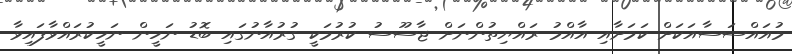
މުއައްސަސާއަކަށް ކަމަށާއި އާއްމު ރައްޔިތުންނަށް ޖާސޫސު ކުރުމަކީ ގުރުއާނުގައި ބޮޑު ނަހީން ނަހީކުރައްވާފައިވާ